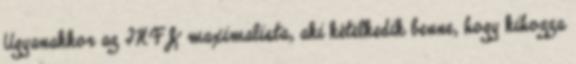
Ugyanakkor az INFJ maximalista, aki kételkedik benne, hogy kihozza